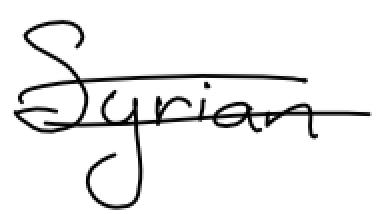
Text: Syrian
Cross-out: double-line
Writing tool: digital_black